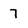
Character: 7